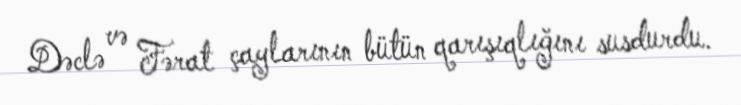
Dəclə və Fərat çaylarının bütün qarışıqlığını susdurdu.